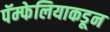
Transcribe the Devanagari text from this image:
पॅम्फेलियाकडून